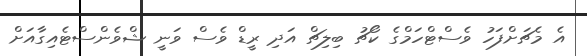
އެ މެޗަށްފަހު ވެސްޓްހަމްގެ ކޯޗު ބިލިޗް އަދި ރީޑް ވެސް ވަނީ ޝްވެންސްޓެއިގާއަށް